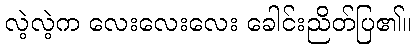
လဲ့လဲ့က လေးလေးလေး ခေါင်းညိတ်ပြ၏။